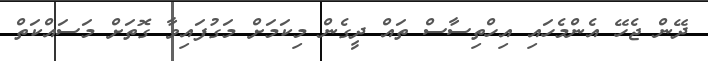
ދޭން ޖެހޭ އެންމެހައި އިހްތިސާސް ތައް ދީގެން މިކަމަށް މަގުފައިވާ ގޮތަށް މަސައްކަތް